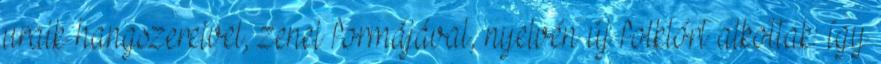
uraik hangszereivel, zenei formájával, nyelvén új folklórt alkottak: így